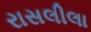
રાસલીલા